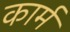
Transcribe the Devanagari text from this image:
कार्म